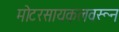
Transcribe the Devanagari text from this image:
मोटरसायकलवरून